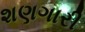
શણગારી